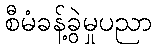
စီမံခန့်ခွဲမှုပညာ